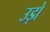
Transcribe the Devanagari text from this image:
उड़ो